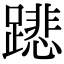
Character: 𨅥